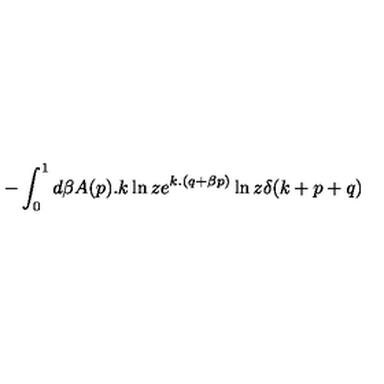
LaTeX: - \int _ { 0 } ^ { 1 } d \beta A ( p ) . k \ln z e ^ { k . ( q + \beta p ) } \ln z \delta ( k + p + q )